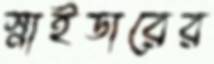
স্নাইডারের